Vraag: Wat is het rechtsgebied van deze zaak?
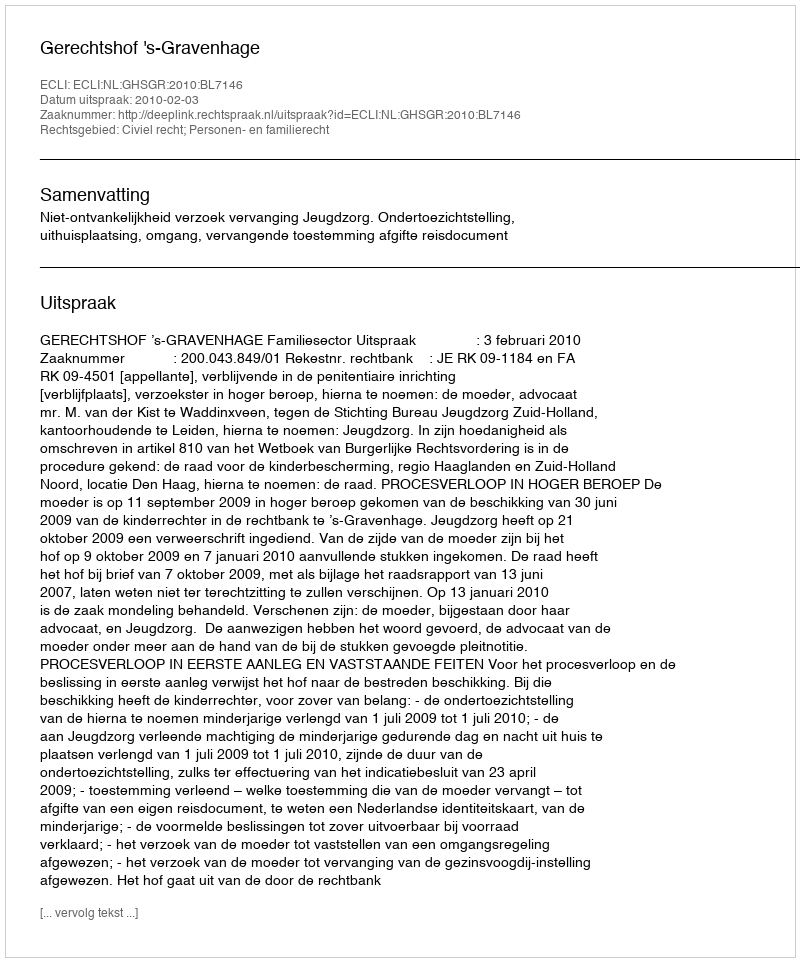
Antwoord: Civiel recht; Personen- en familierecht